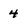
Character: 4